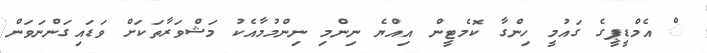
ް އެމްޑީޕީގެ ގައުމީ ހިންގާ ކޮމެޓީން އިއްޔެ ނިންމި ނިންމުމާއެކު މަޝްވަރާތަކަށް ވަޑައިގަންނަވަން